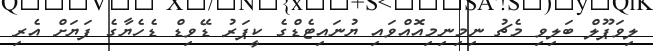
ލިވަޕޫލް ބަލިވި މެޗު ނިމިނިމިއޮއްވައި ޔުނައިޓެޑްގެ ކީޕަރު ޑޭވިޑް ޑެހެޔާގެ ފަޔަށް އެރި